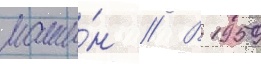
маши́н // В 1959